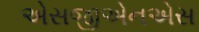
એસજીએનએસ